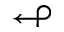
\looparrowleft